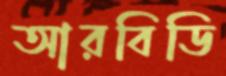
আরবিডি